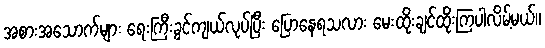
အစားအသောက်များ ရေးကြီးခွင်ကျယ်လုပ်ပြီး ပြောနေရသလား မေးထိုးချင်ထိုးကြပါလိမ့်မယ်။